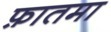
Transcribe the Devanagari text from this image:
फ़ातमा